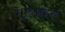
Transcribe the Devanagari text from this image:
सुखाबद्दल